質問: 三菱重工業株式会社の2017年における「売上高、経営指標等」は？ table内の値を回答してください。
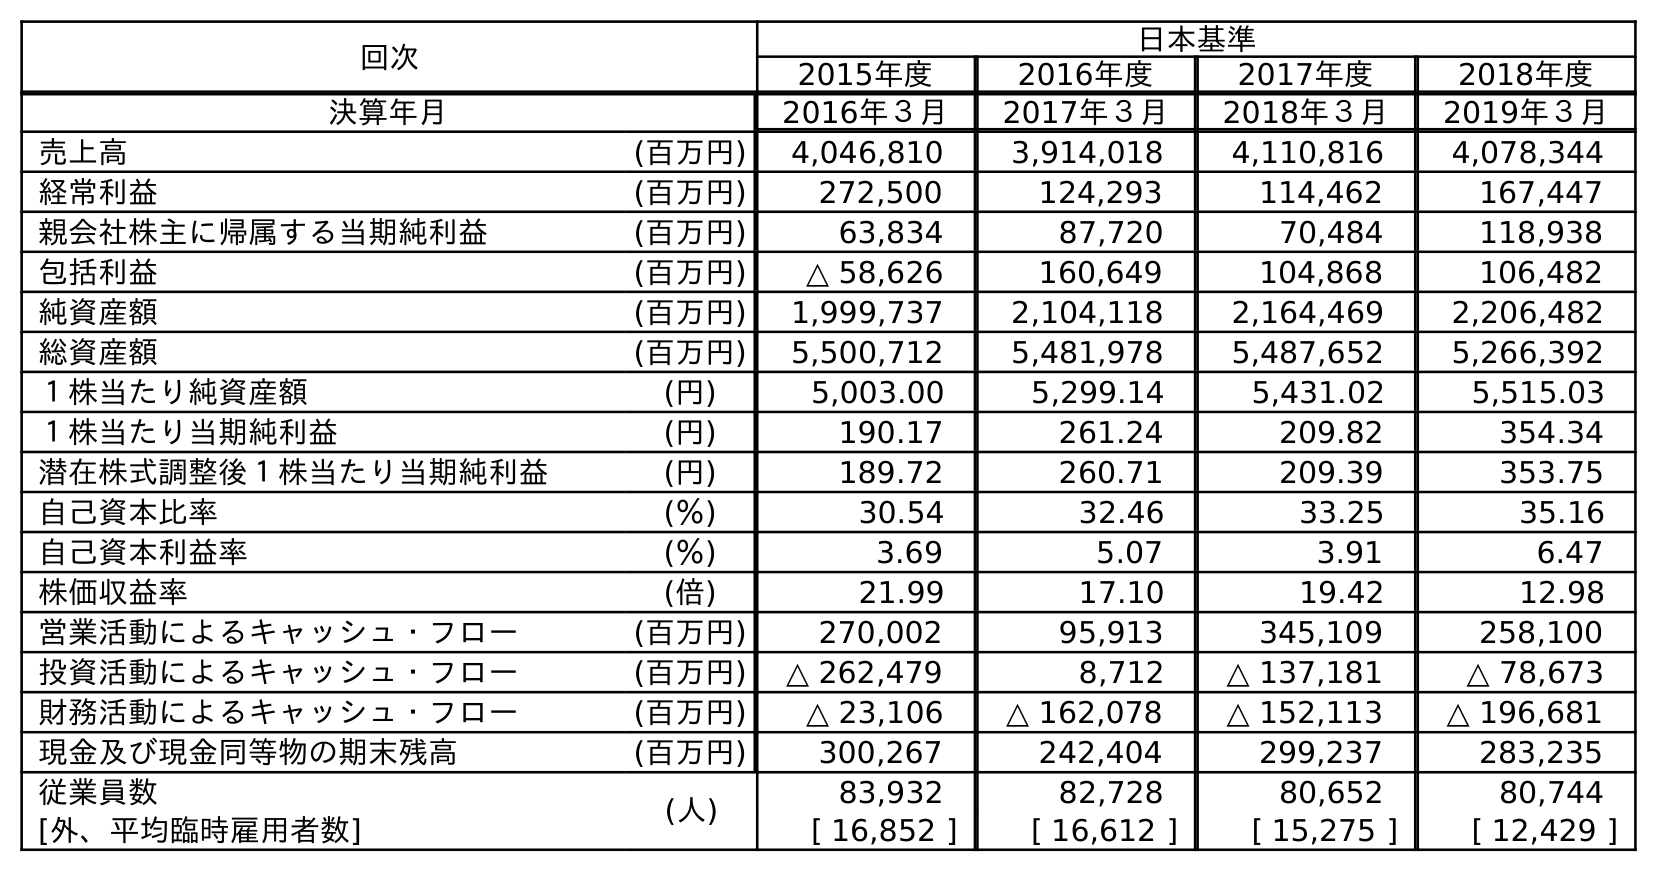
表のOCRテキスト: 回次 日本基準 2015年度 2016年度 2017年度 2018年度 決算年月 2016年３月 2017年３月 2018年３月 2019年３月 売上高 (百万円) 4,046,810 3,914,018 4,110,816 4,078,344 経常利益 (百万円) 272,500 124,293 114,462 167,447 親会社株主に帰属する当期純利益 (百万円) 63,834 87,720 70,484 118,938 包括利益 (百万円) △ 58,626 160,649 104,868 106,482 純資産額 (百万円) 1,999,737 2,104,118 2,164,469 2,206,482 総資産額 (百万円) 5,500,712 5,481,978 5,487,652 5,266,392 １株当たり純資産額 (円) 5,003.00 5,299.14 5,431.02 5,515.03 １株当たり当期純利益 (円) 190.17 261.24 209.82 354.34 潜在株式調整後１株当たり当期純利益 (円) 189.72 260.71 209.39 353.75 自己資本比率 (％) 30.54 32.46 33.25 35.16 自己資本利益率 (％) 3.69 5.07 3.91 6.47 株価収益率 (倍) 21.99 17.10 19.42 12.98 営業活動によるキャッシュ・フロー (百万円) 270,002 95,913 345,109 258,100 投資活動によるキャッシュ・フロー (百万円) △ 262,479 8,712 △ 137,181 △ 78,673 財務活動によるキャッシュ・フロー (百万円) △ 23,106 △ 162,078 △ 152,113 △ 196,681 現金及び現金同等物の期末残高 (百万円) 300,267 242,404 299,237 283,235 従業員数 (人) 83,932 82,728 80,652 80,744 [外、平均臨時雇用者数] [ 16,852 ] [ 16,612 ] [ 15,275 ] [ 12,429 ]
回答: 3,914,018